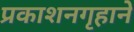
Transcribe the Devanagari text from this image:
प्रकाशनगृहाने